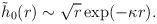
LaTeX: \begin{align*}\tilde{h}_0(r) \sim \sqrt{r} \exp(- \kappa r).\end{align*}